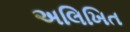
અલિખિત